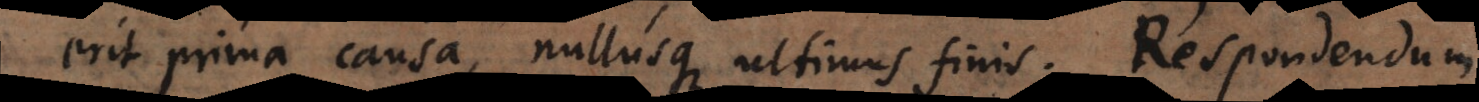
erit prima causa, nullusque ultimus finis. Respondendum